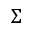
\Sigma